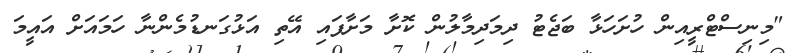
"މިނިސްޓްރީއިން ހުށަހަޅާ ބަޖެޓު ދިމަދިމާލުން ކޮށާ މަށާފައި އޭތި އަޅުގަނޑުމެންނާ ހަމައަށް އައީމަ